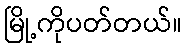
မြို့ကိုပတ်တယ်။